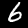
Label: 6